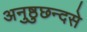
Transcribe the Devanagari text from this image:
अनुष्ठुछन्दसे